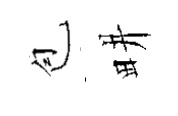
苞畊